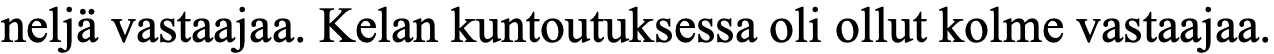
neljä vastaajaa. Kelan kuntoutuksessa oli ollut kolme vastaajaa.